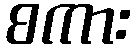
စကား